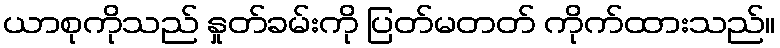
ယာစုကိုသည် နှုတ်ခမ်းကို ပြတ်မတတ် ကိုက်ထားသည်။